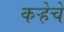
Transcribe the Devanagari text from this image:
कऱ्हेचे